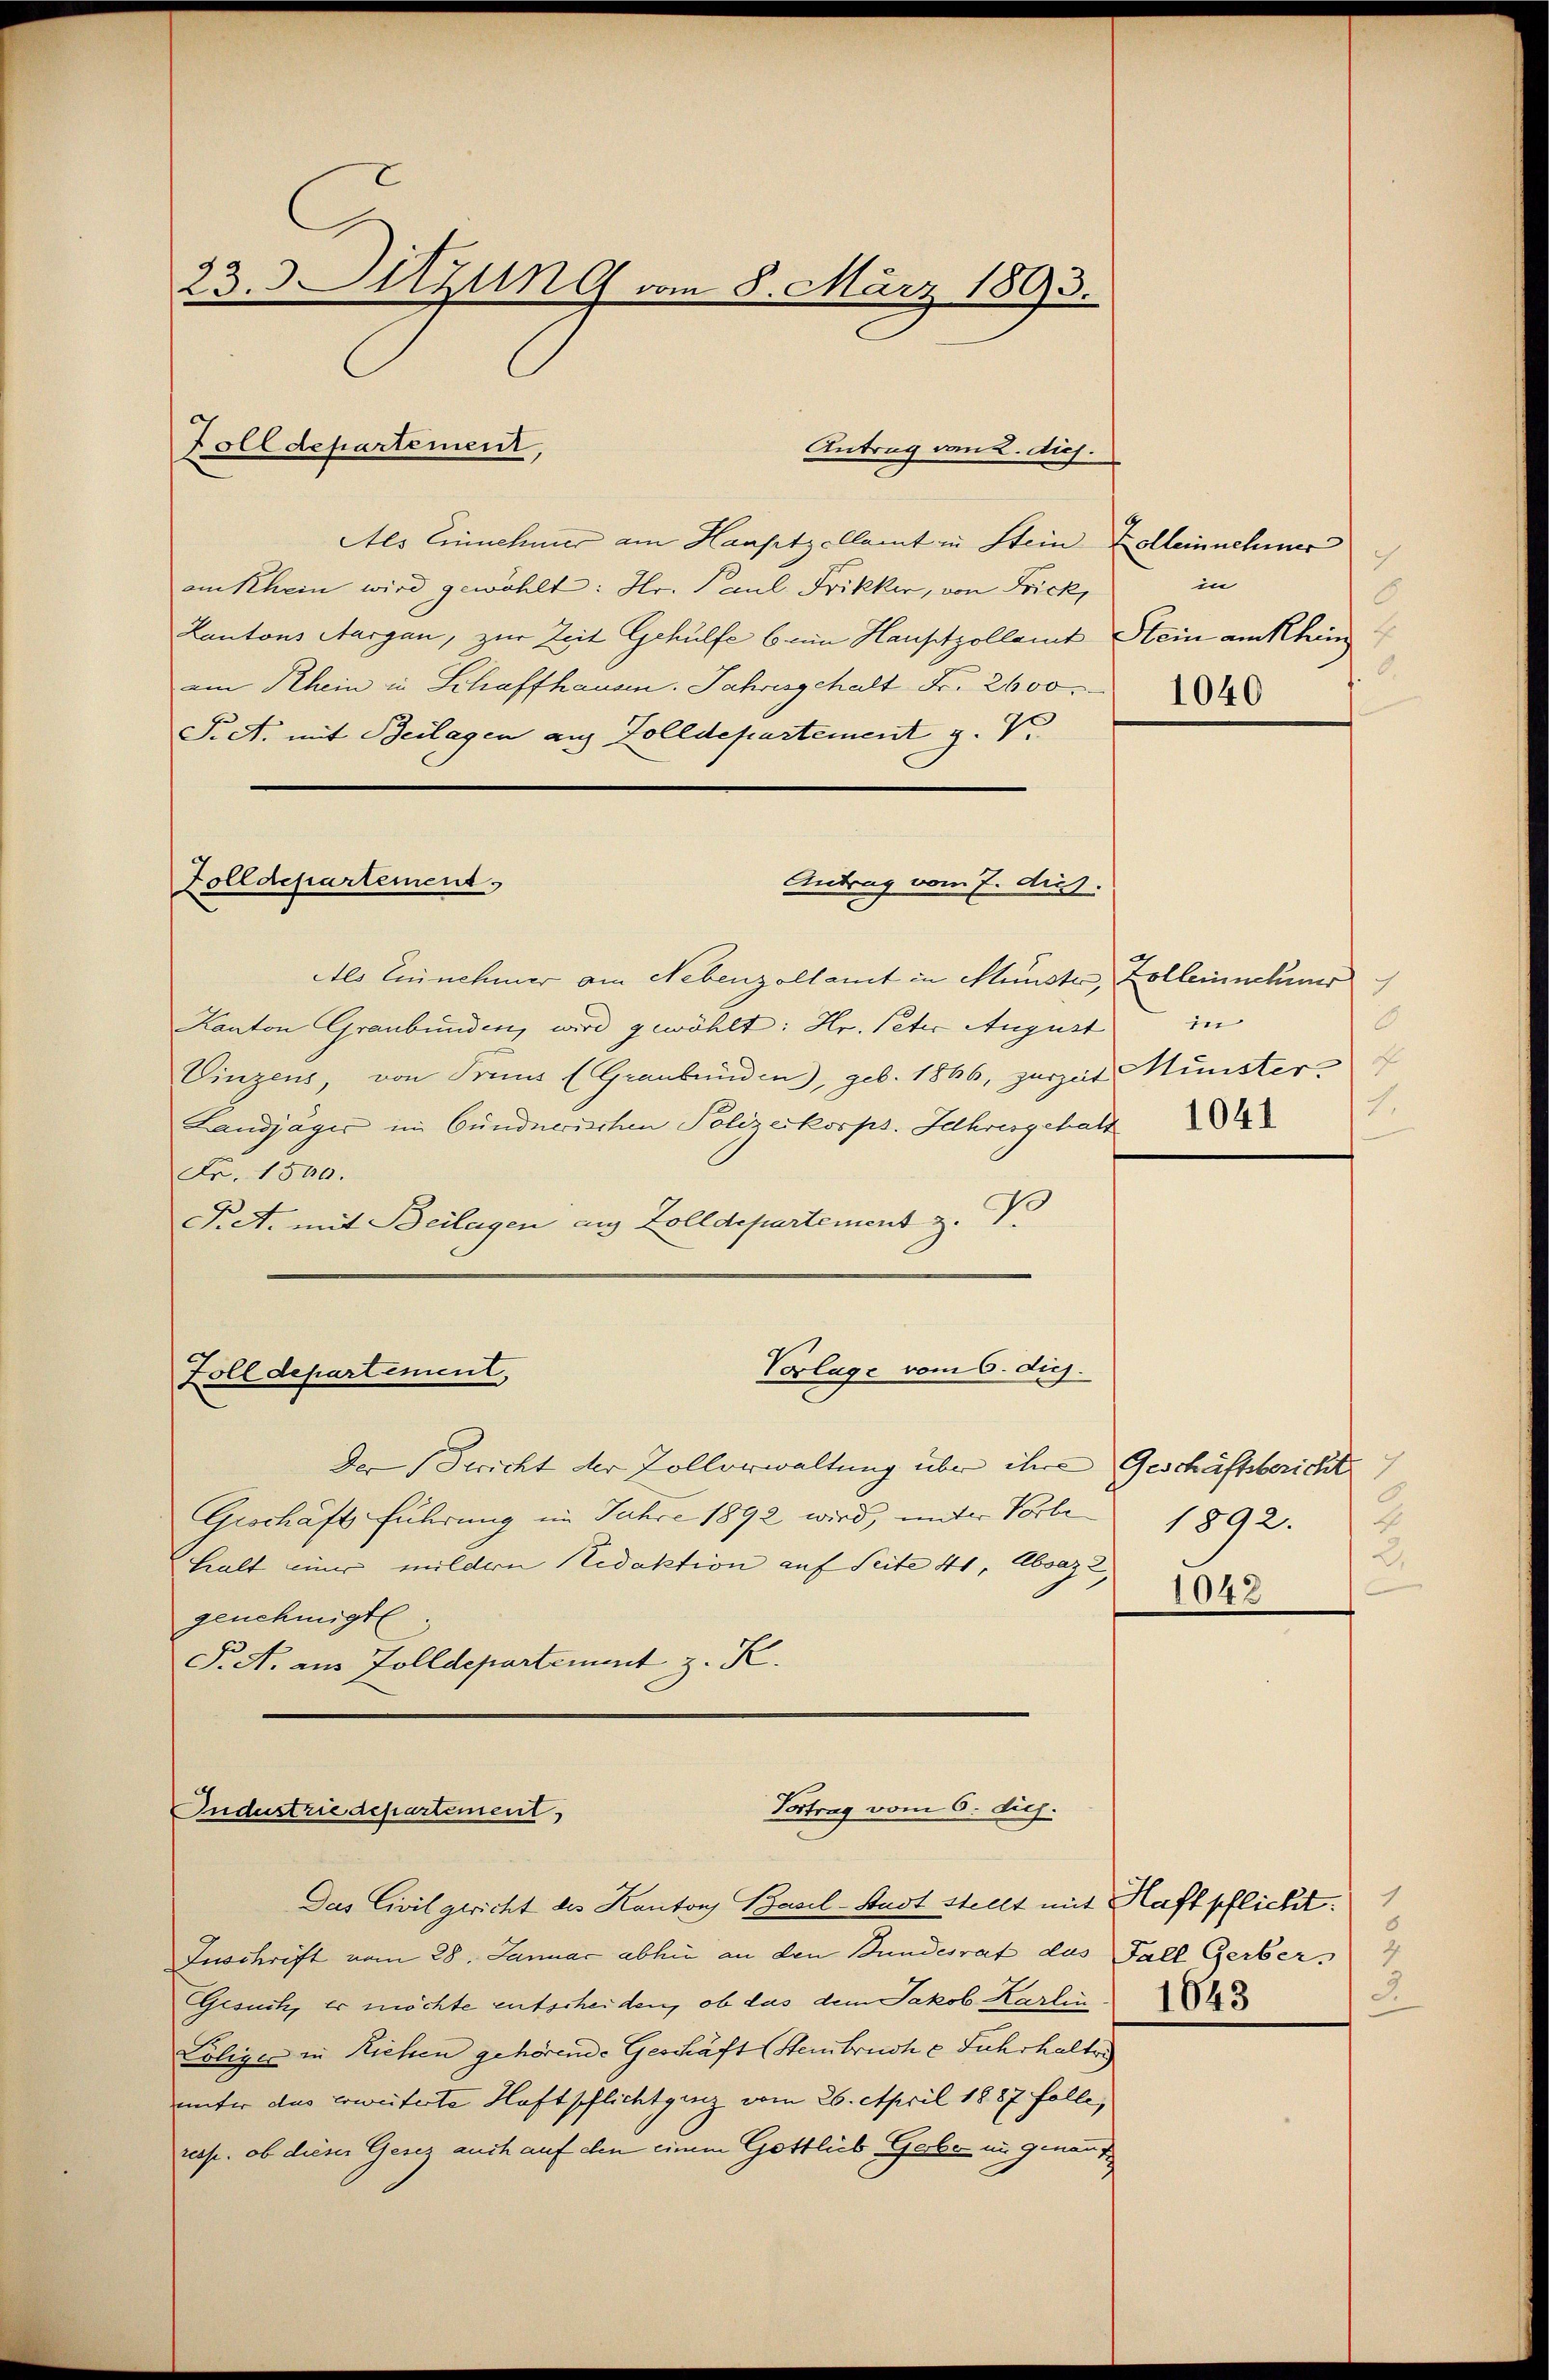
23. Sitzung vom 8. März 1893.

Zolldepartement,

Antrag von 2. Dich.

Der Bericht der Zollverwaltung über ihre Geschäftsbericht
Grschäftsführung im Jahre 1892 wird, unter Vorbe
halt einer mildern Redaktion auf Seite 41, Absaz 2,
genehmigte
P. N. am Zolldepartement z. K.

Vorlage vom 6. diej
Zolldepartement,

Als Einnehmer am Hausetzellamt in Stein Zolleinnehmer
am Rhein wird gewählt: Hr. Paul Frikker, von Frick,
Kantons Aargau, zur Zeit Gehülfe beim Hauptzollamt Hein am Khän
am Rhein in Schaffhausen. Jahresgehalt Fr. 2600.
S. A. mit Beilagen aus Zolldepartement z. V
Zolldepartement.
Antrag vom 7. dies
Als Einnehmer am Nebenzollamt in Münster, Zolleinnehmer
Kanton Graubünden, wird gewählt: Hr. Peter August
Vinzens, von Franz (Graubünden, geb. 1866, zurzeit Münsters
Landjäger im Bundnerischen Polizeikorps. Jahresgehalt
Fr. 1500.
P.A. mit Beilagen aus Zolldepartement z. V.

Vortrag vom 6. dich.
Industrie departement

Das Civilgericht des Kantons Basel-Stadt stellt mit Haftpflicht.
Zuschrift vom 28. Januar abhin an den Bundesrat das Fall Gerber
Gesuch, er möchte entscheiden, ob das dem Jakob Karlin 185
Loliger in Riehen gehörende Geschäft (Steinbruche Fuhrhalter
unter das erweiterte Haftpflicht ganz vom 26. April 1887 folle,
resp. ob dieses Gesez auch auf den einem Gottlieb Gabe in genauf

in
8
.
1040

c
in
6
2.

1892. 4
2.
1043

3.